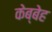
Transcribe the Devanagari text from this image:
केब्बेह